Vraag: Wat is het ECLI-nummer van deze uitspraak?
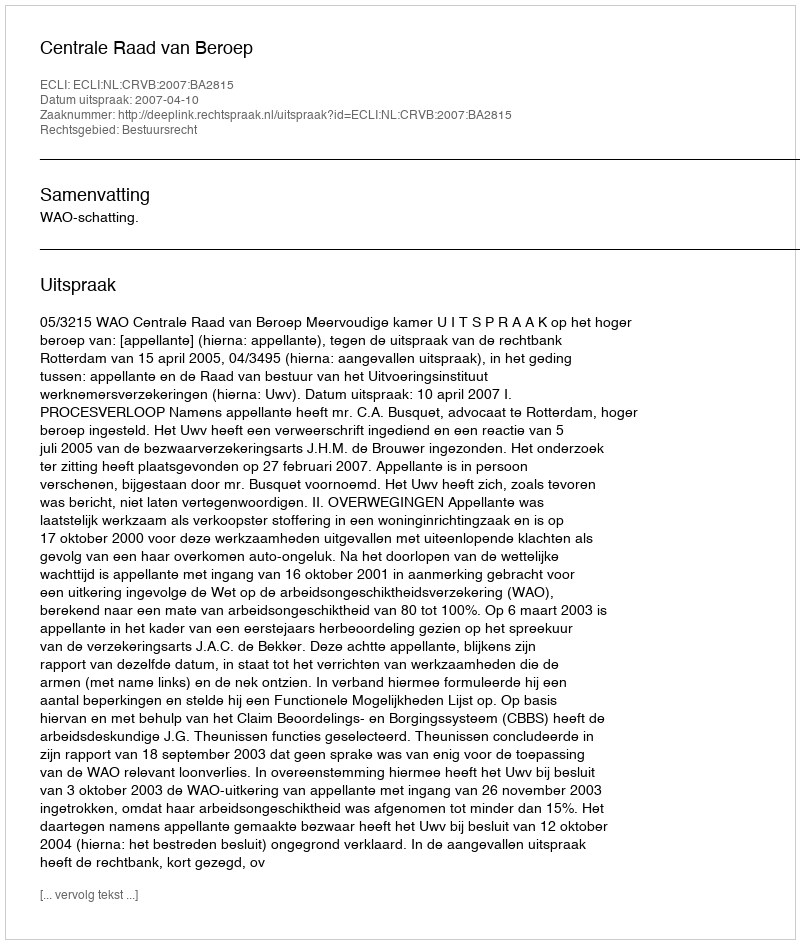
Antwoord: ECLI:NL:CRVB:2007:BA2815